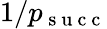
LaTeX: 1/p_{\mathrm{~s~u~c~c~}}